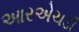
આરએચડી